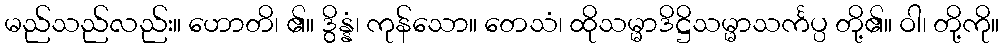
မည်သည်လည်း။ ဟောတိ၊ ၏။ ဒွိန္နံ၊ ကုန်သော။ တေသံ၊ ထိုသမ္မာဒိဋ္ဌိသမ္မာသင်္ကပ္ပ တို့၏။ ဝါ၊ တို့ကို။